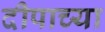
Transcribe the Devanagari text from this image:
दीपाच्या